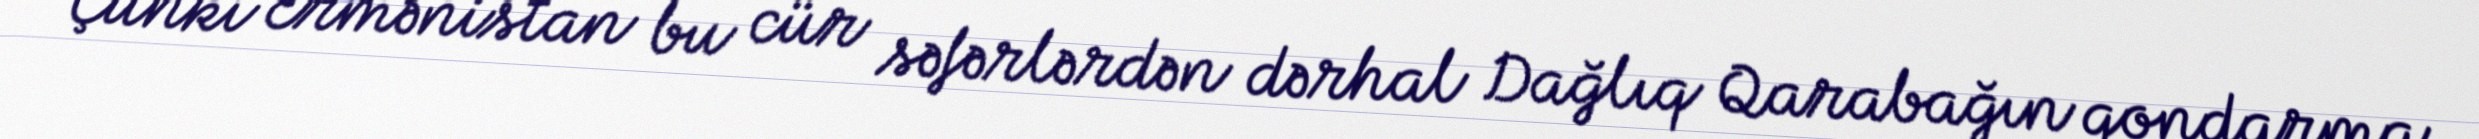
Çünki Ermənistan bu cür səfərlərdən dərhal Dağlıq Qarabağın qondarma